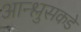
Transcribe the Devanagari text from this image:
आन्श्लुसकडे